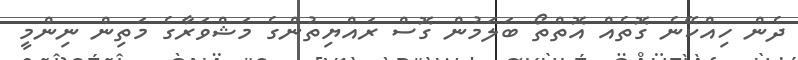
ދެން ހިއްކޭނެ ގޮތެއް އޮތްތޯ ބަލަމުން ގޮސް ރައްޔިތުންގެ މަޝްވަރާގެ މަތިން ނިންމީ